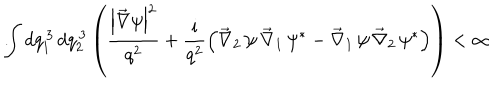
\int d q _ { 1 } ^ { \, 3 } \, d q _ { 2 } ^ { \, 3 } \left( \frac { \left| \vec { \nabla } \psi \right| ^ { 2 } } { q ^ { 2 } } + \frac { \mathrm { i } } { q ^ { 2 } } \left( \vec { \nabla } _ { 2 } \, \psi \, \vec { \nabla } _ { 1 } \, \psi ^ { \ast } - \vec { \nabla } _ { 1 } \, \psi \, \vec { \nabla } _ { 2 } \, \psi ^ { \ast } \right) \right) < \infty \hspace { 1 c m } .